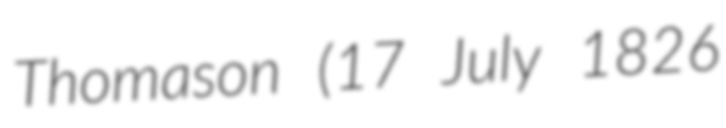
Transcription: Thomason (17 July 1826